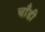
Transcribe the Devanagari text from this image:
चाँडी